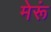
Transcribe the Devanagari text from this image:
मेरूं